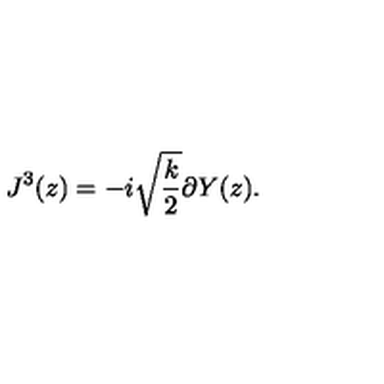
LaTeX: J ^ { 3 } ( z ) = - i \sqrt { \frac { k } { 2 } } \partial Y ( z ) .